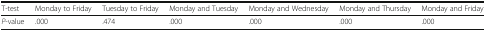
<table><thead><tr><td><b>T-test</b></td><td><b>Monday to Friday</b></td><td><b>Tuesday to Friday</b></td><td><b>Monday and Tuesday</b></td><td><b>Monday and Wednesday</b></td><td><b>Monday and Thursday</b></td><td><b>Monday and Friday</b></td></tr></thead><tbody><tr><td><i>P</i>-value</td><td>.000</td><td>.474</td><td>.000</td><td>.000</td><td>.000</td><td>.000</td></tr></tbody></table>